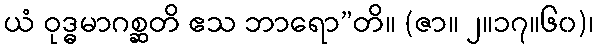
ယံ ဝုဒ္ဓမာဂစ္ဆတိ ဧသ ဘာရော”တိ။ (ဇာ။ ၂။၁၇။၆၀)၊